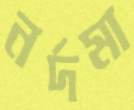
নর্দমা